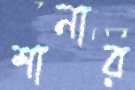
শানার